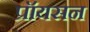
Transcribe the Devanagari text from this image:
प्रॉयसन